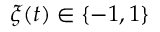
\xi ( t ) \in \{ - 1 , 1 \}